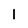
Character: l